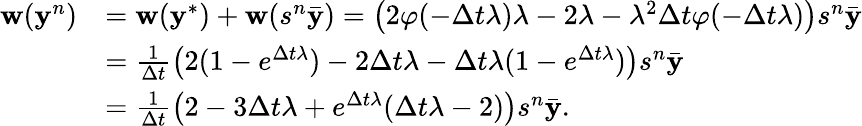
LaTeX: \begin{array}{rl}{\mathbf w(\mathbf y^{n})}&{=\mathbf w(\mathbf y^{*})+\mathbf w(s^{n}\bar{\mathbf y})=\left(2\varphi(-\Delta t\lambda)\lambda-2\lambda-\lambda^{2}\Delta t\varphi(-\Delta t\lambda)\right)s^{n}\bar{\mathbf y}}\\ &{=\frac{1}{\Delta t}\left(2(1-e^{\Delta t\lambda})-2\Delta t\lambda-\Delta t\lambda(1-e^{\Delta t\lambda})\right)s^{n}\bar{\mathbf y}}\\ &{=\frac{1}{\Delta t}\left(2-3\Delta t\lambda+e^{\Delta t\lambda}(\Delta t\lambda-2)\right)s^{n}\bar{\mathbf y}.}\end{array}